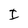
Character: I